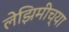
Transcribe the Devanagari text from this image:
लेझिमीच्या